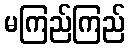
မကြည်ကြည်